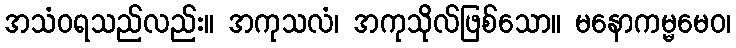
အသံဝရသည်လည်း။ အကုသလံ၊ အကုသိုလ်ဖြစ်သော။ မနောကမ္မမေဝ၊